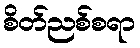
စိတ်ညစ်စရာ